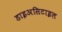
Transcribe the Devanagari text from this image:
डाइअसिटाइल